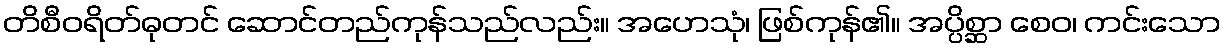
တိစီဝရိတ်ဓုတင် ဆောင်တည်ကုန်သည်လည်း။ အဟေသုံ၊ ဖြစ်ကုန်၏။ အပ္ပိစ္ဆာ စေဝ၊ ကင်းသော